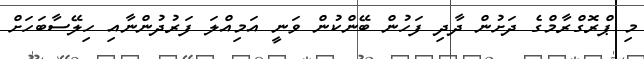
މި ޕްރޮގްރާމްގެ ދަށުން ދާދި ފަހުން ބޭންކުން ވަނީ އަމިއްލަ ފަރުދުންނާއި ހިލޭސާބަހަށް